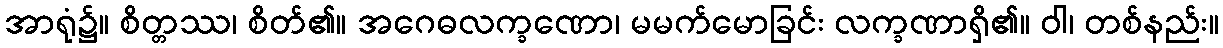
အာရုံ၌။ စိတ္တဿ၊ စိတ်၏။ အဂေဓလက္ခဏော၊ မမက်မောခြင်း လက္ခဏာရှိ၏။ ဝါ၊ တစ်နည်း။